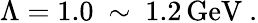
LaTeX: \Lambda=1.0\ \sim\ 1.2\, \mathrm{GeV}\ .